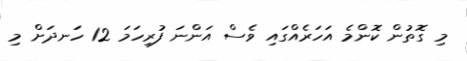
މި ގޮތުން ކޮންމެ އަހަރެއްގައި ވެސް އަންނަ ފުރިހަމަ 12 ހަނދަށް މި